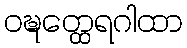
ဝဍ္ဎတ္ထေရဂါထာ